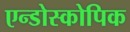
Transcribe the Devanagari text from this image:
एन्डोस्कोपिक